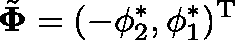
\tilde { \mathbf { \Phi } } = ( - \phi _ { 2 } ^ { * } , \phi _ { 1 } ^ { * } ) ^ { \mathrm { T } }